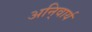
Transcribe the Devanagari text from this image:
अनि्वार्य